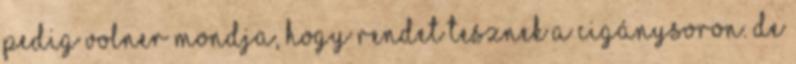
pedig Volner mondja, hogy rendet tesznek a cigánysoron. De